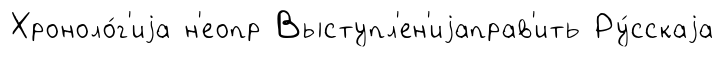
Хроноло́г'иjа н'еопр Выступл'ен'иjаправ'ить Ру́сскаjа